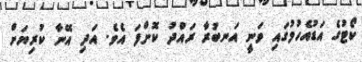
ކޯޓުގެ އަޑުއެހުމުގައި ވަނީ އަނބުރާ ރައްދު ކޮށްފަ އެވެ. އަދި އޭނާ ކުރިޔަށް